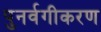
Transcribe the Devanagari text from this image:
पुनर्वगीकरण